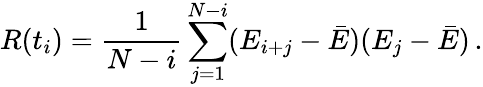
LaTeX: R(t_{i})=\frac 1{N-i}\sum_{j=1}^{N-i}(E_{i+j}-\bar{E})(E_{j}-\bar{E})\, .